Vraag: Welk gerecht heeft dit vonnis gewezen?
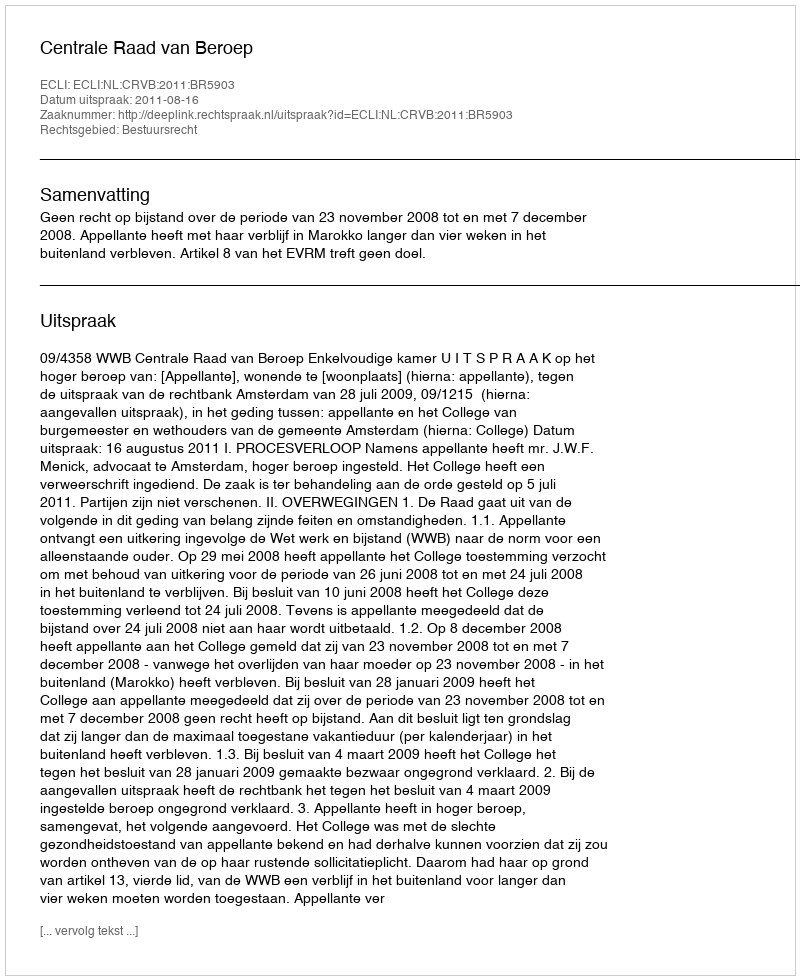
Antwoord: Centrale Raad van Beroep